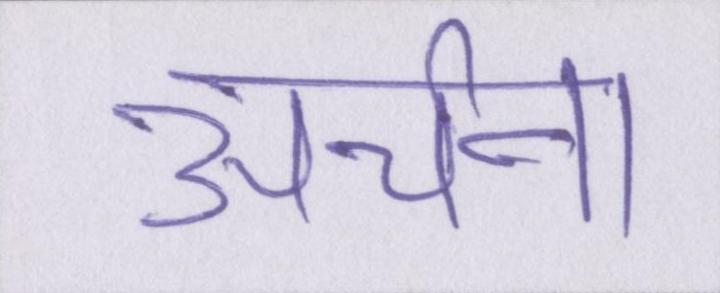
अर्चना